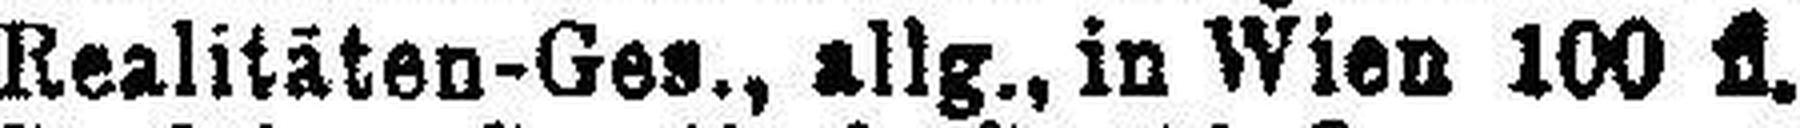
Realitäten-Ges., allg., in Wien 100 fl.